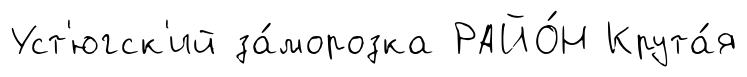
Уст'югск'ий за́морозка РАЙО́Н Крута́я